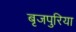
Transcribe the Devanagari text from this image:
बृजपुरिया